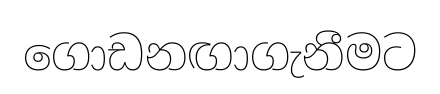
ගොඩනඟාගැනීමට